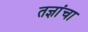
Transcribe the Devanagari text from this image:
तज्ञांचा